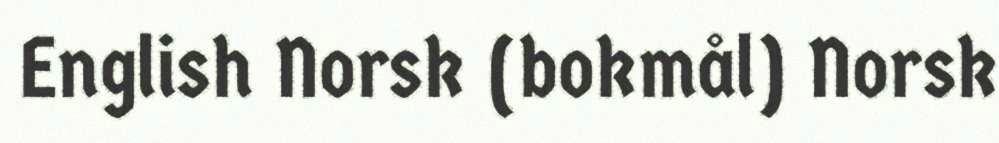
English Norsk (bokmål) Norsk